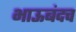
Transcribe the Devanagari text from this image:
भाऊबंदच